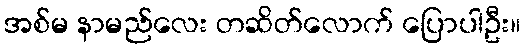
အစ်မ နာမည်လေး တဆိတ်လောက် ပြောပါဦး။